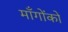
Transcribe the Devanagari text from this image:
माँगोंको